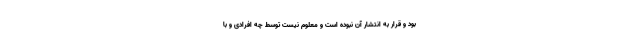
بود و قرار به انتشار آن نبوده است و معلوم نیست توسط چه افرادی و با